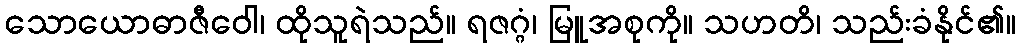
သောယောဓာဇီဝေါ၊ ထိုသူရဲသည်။ ရဇဂ္ဂံ၊ မြူအစုကို။ သဟတိ၊ သည်းခံနိုင်၏။